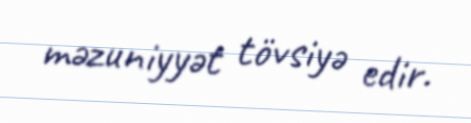
məzuniyyət tövsiyə edir.